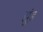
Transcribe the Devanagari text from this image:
झुंड़